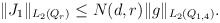
\begin{align*}\begin{aligned} \|J_1\|_{ L_2 (Q_r) } \le N (d, r) \|g\|_{ L_2 (Q_{1, 4 }) }.\end{aligned}\end{align*}